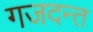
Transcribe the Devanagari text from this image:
गजदन्त